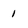
Character: 1